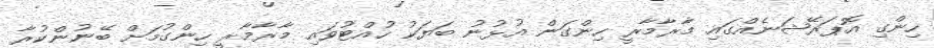
ހިންގި އޮޕަރޭޝަނެއްގައި މާރާމާރީ ހިންގަން އުޅުނު ބަޔަކު ހުއްޓުވައި މާރާމާރީ ހިންގުމަށް ބޭނުންކުރާ